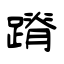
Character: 蹐